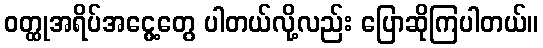
ဝတ္ထုအရိပ်အငွေ့တွေ ပါတယ်လို့လည်း ပြောဆိုကြပါတယ်။